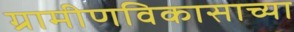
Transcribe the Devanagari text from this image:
ग्रामीणविकासाच्या